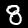
Label: 8